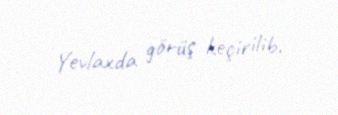
Yevlaxda görüş keçirilib.